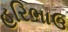
હરિભાઉ